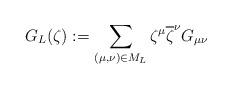
LaTeX: \begin{align*} \begin{aligned} & G _L(\zeta ) := \sum _{ (\mu , \nu )\in M _L } \zeta ^{\mu } \overline{ {\zeta }}^ { {\nu} } {G}_{\mu \nu }\end{aligned}\end{align*}